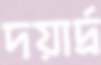
দয়ার্দ্র